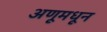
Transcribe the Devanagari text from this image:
अणूमधून